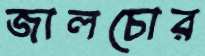
জালচোর